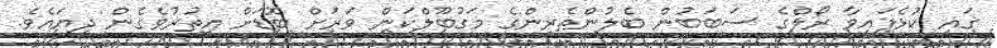
ގައި ކުޅެފައިވާ ރޯލްގެ ސަބަބުން ބެލުންތެރިންގެ މަގުބޫލްކަން ވަރަށް ބޮޑަށް އިތުރުވެގެން ދިޔައެވެ.